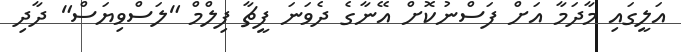
އަލީގައި މާދަމާ އަށް ފަސްނުކޮށް އޭނާގެ ދެވަނަ ފީޗާ ފިލްމް "ލަސްވިޔަސް" ދާދި